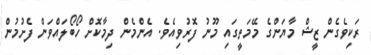
ރަކިވެގެން ޒީޝް މާޔަންގެ މޭމަތީގައި މޫނު ފޮރުވިއެވެ. އެންމެން ދިމާކޮށް ހޯބޯލައްވަން ފެށުމުން